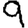
Digit: 9